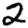
Digit: 2